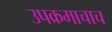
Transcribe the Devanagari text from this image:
उपक्रमाचाच